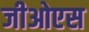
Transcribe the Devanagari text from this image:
जीओएस